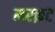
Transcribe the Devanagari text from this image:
मस्क़ट